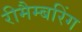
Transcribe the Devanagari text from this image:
रीमैम्बरिंग